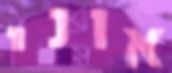
אוני